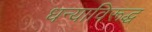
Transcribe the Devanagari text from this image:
धन्याविरूद्ध